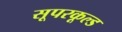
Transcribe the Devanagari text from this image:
सूपरकूल्ड